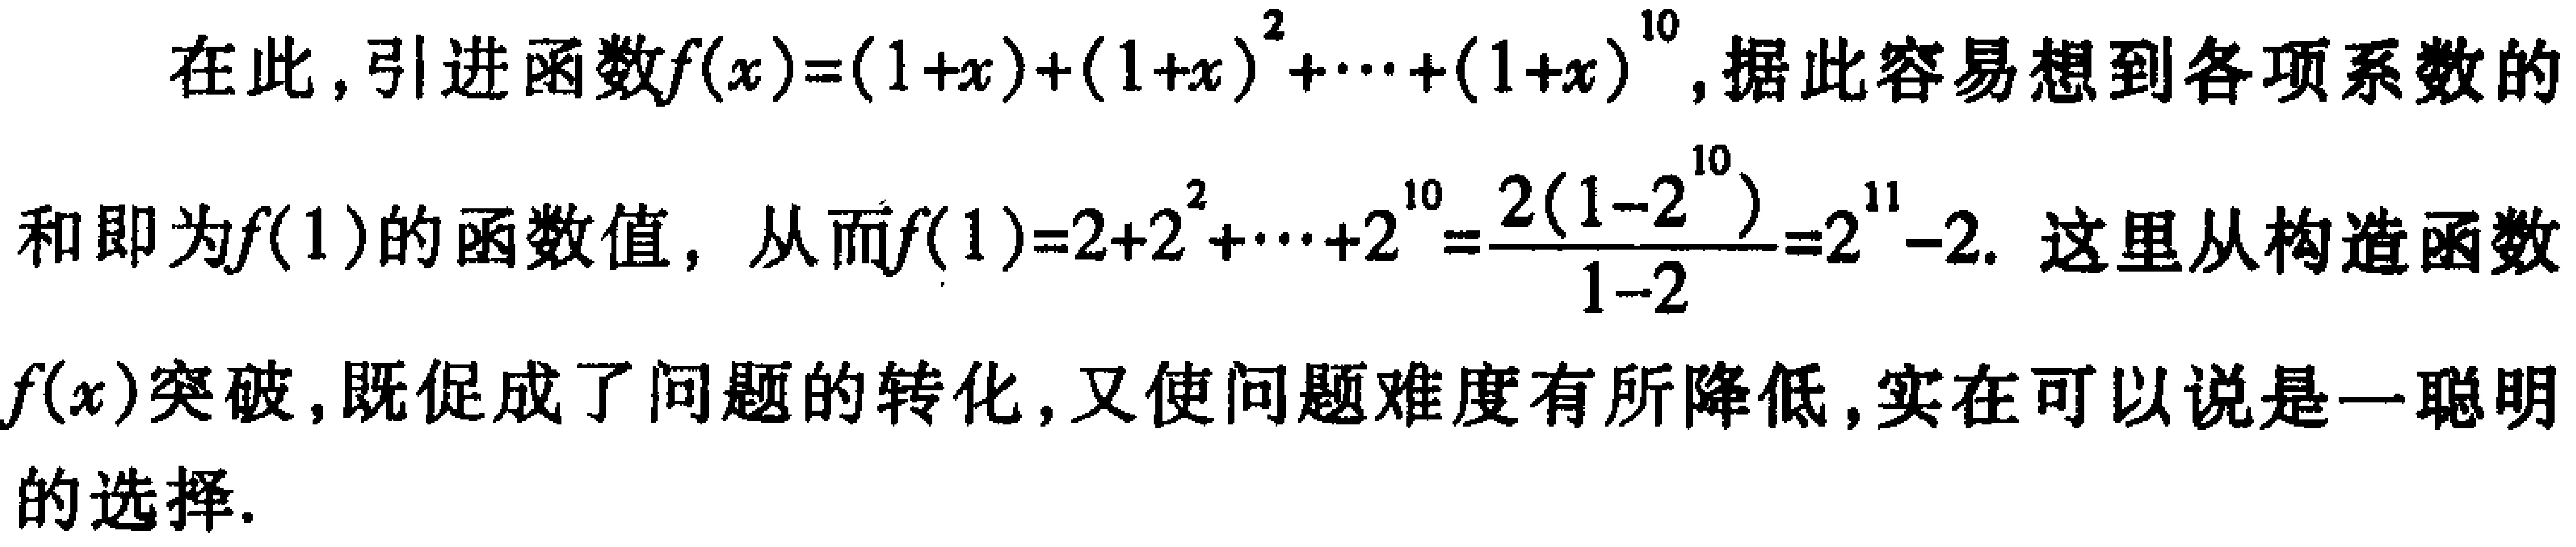
在此，引进函数\(f(x)=(1 + x)+(1 + x)^{2}+\cdots+(1 + x)^{10}\)，据此容易想到各项系数的和即为\(f(1)\)的函数值，从而\(f(1)=2 + 2^{2}+\cdots+2^{10}=\frac{2(1 - 2^{10})}{1 - 2}=2^{11}-2\)。这里从构造函数\(f(x)\)突破，既促成了问题的转化，又使问题难度有所降低，实在可以说是一聪明的选择。